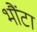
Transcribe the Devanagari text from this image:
भौंटा